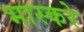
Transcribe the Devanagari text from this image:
भास्करे